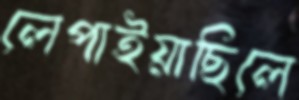
লেপাইয়াছিলে